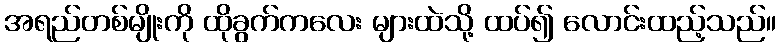
အရည်တစ်မျိုးကို ထိုခွက်ကလေး များထဲသို့ ထပ်၍ လောင်းထည့်သည်။